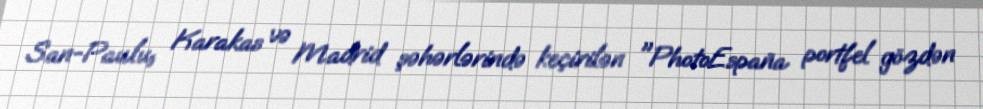
San-Paulu, Karakas və Madrid şəhərlərində keçirilən "PhotoEspaña portfel gözdən